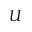
U